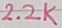
Text: 2.2K